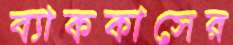
ব্যাককাসের